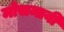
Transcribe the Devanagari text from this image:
मोसमावी